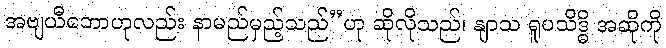
အဗျယီဘောဟုလည်း နာမည်မှည့်သည်”ဟု ဆိုလိုသည်၊ နျာသ ရူပသိဒ္ဓိ အဆိုကို